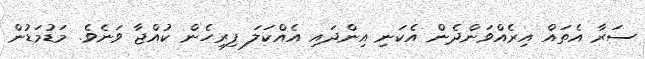
ސަރާ އެތައް އިރެއްވަންދެން އެކަނި އިންދައި އެއްކަލަ ފިރިހެން ކުއްޖާ ވަނެވެ. މަޑުމަޑުން